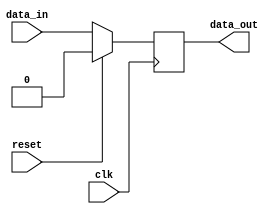
module Register (
    input wire clk,  // Clock signal
    input wire reset,  // Reset signal
    input wire data_in,  // Input data
    output reg data_out  // Output data
);

    reg stored_data;  // Storage element

    // Synchronous operation on rising edge of clock
    always @(posedge clk) begin
        if (reset) begin
            // Reset data to known state
            stored_data <= 1'b0;
        end else begin
            // Load data on rising edge of clock
            stored_data <= data_in;
        end
    end

    // Output data
    assign data_out = stored_data;

endmodule